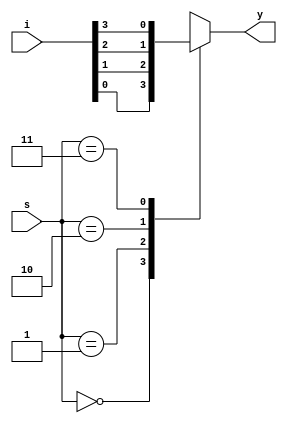
//eight bit multiplexer
module eightbit_mux(s,i,y);
    input [1:0]s;
    input [7:0]i;
    output y;
    reg y;
    always@(*)
    begin
        case(s)
            3'b000: y<=i[0];
            3'b001: y<=i[1];
            3'b010: y<=i[2];
            3'b011: y<=i[3];
            3'b100: y<=i[4];
            3'b101: y<=i[5];
            3'b110: y<=i[6];
            3'b111: y<=i[7];
        endcase
    end
endmodule